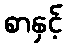
စာနှင့်